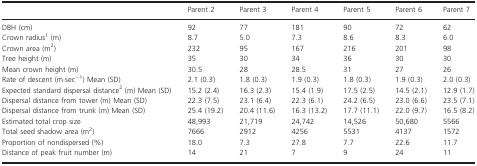
<table><thead><tr><td></td><td><b>Parent 2</b></td><td><b>Parent 3</b></td><td><b>Parent 4</b></td><td><b>Parent 5</b></td><td><b>Parent 6</b></td><td><b>Parent 7</b></td></tr></thead><tbody><tr><td>DBH (cm)</td><td>92</td><td>77</td><td>181</td><td>90</td><td>72</td><td>62</td></tr><tr><td>Crown radiusa (m)</td><td>8.7</td><td>5.0</td><td>7.3</td><td>8.6</td><td>8.3</td><td>6.0</td></tr><tr><td>Crown area (m<sup>2</sup>)</td><td>232</td><td>95</td><td>167</td><td>216</td><td>201</td><td>98</td></tr><tr><td>Tree height (m)</td><td>35</td><td>30</td><td>34</td><td>36</td><td>30</td><td>30</td></tr><tr><td>Mean crown height (m)</td><td>30.5</td><td>28</td><td>28.5</td><td>31</td><td>27</td><td>26</td></tr><tr><td>Rate of descent (m·sec<sup>−1</sup>) Mean (SD)</td><td>2.1 (0.3)</td><td>1.8 (0.3)</td><td>1.9 (0.3)</td><td>1.8 (0.3)</td><td>1.9 (0.3)</td><td>2.0 (0.3)</td></tr><tr><td>Expected standard dispersal distanceb (m) Mean (SD)</td><td>15.2 (2.4)</td><td>16.3 (2.3)</td><td>15.4 (1.9)</td><td>17.5 (2.5)</td><td>14.5 (2.1)</td><td>12.9 (1.7)</td></tr><tr><td>Dispersal distance from tower (m) Mean (SD)</td><td>22.3 (7.5)</td><td>23.1 (6.4)</td><td>22.3 (6.1)</td><td>24.2 (6.5)</td><td>23.0 (6.6)</td><td>23.5 (7.1)</td></tr><tr><td>Dispersal distance from trunk (m) Mean (SD)</td><td>25.4 (19.2)</td><td>20.4 (11.6)</td><td>16.3 (13.2)</td><td>17.7 (11.1)</td><td>22.0 (9.7)</td><td>16.5 (8.2)</td></tr><tr><td>Estimated total crop size</td><td>48,993</td><td>21,719</td><td>24,742</td><td>14,526</td><td>50,680</td><td>5566</td></tr><tr><td>Total seed shadow area (m<sup>2</sup>)</td><td>7666</td><td>2912</td><td>4256</td><td>5531</td><td>4137</td><td>1572</td></tr><tr><td>Proportion of nondispersed (%)</td><td>18.0</td><td>7.3</td><td>27.8</td><td>7.7</td><td>22.6</td><td>11.7</td></tr><tr><td>Distance of peak fruit number (m)</td><td>14</td><td>21</td><td>7</td><td>9</td><td>24</td><td>11</td></tr></tbody></table>